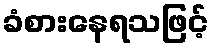
ခံစားနေရသဖြင့်